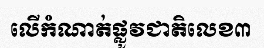
លើកំណាត់ផ្លូវជាតិលេខ៣